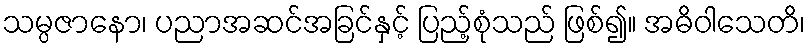
သမ္ပဇာနော၊ ပညာအဆင်အခြင်နှင့် ပြည့်စုံသည် ဖြစ်၍။ အဓိဝါသေတိ၊